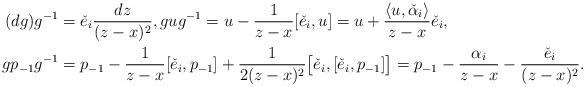
LaTeX: \begin{align*}(dg) g^{-1} &= \check e_i \frac{dz}{(z-x)^2}, g u g^{-1} = u - \frac{1}{z-x} [\check e_i, u] = u + \frac{\langle u, \check \alpha_i \rangle}{z-x} \check e_i,\\g p_{-1} g^{-1} &= p_{-1} - \frac{1}{z-x} [\check e_i, p_{-1}] + \frac{1}{2(z-x)^2} \big[ \check e_i, [\check e_i, p_{-1}] \big] = p_{-1} - \frac{\alpha_i}{z-x} - \frac{\check e_i}{(z-x)^2}.\end{align*}